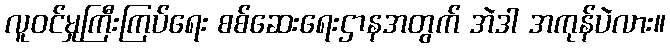
လူဝင်မှုကြီးကြပ်ရေး စစ်ဆေးရေးဌာနအတွက် အဲဒါ အကုန်ပဲလား။